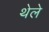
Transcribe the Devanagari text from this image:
थेले